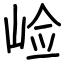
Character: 崄